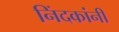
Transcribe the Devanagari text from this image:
निंदकांनी